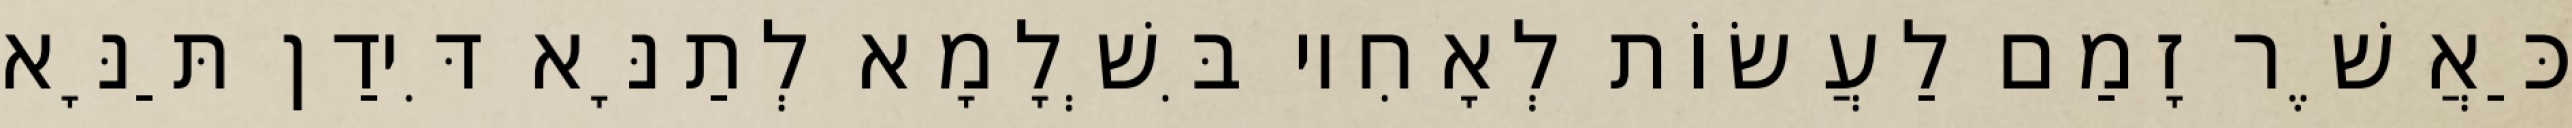
כַּאֲשֶׁר זָמַם לַעֲשׂוֹת לְאָחִיו בִּשְׁלָמָא לְתַנָּא דִּידַן תַּנָּא